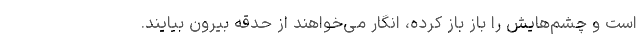
است و چشم‌هایش را باز باز کرده، انگار می‌خواهند از حدقه بیرون بیایند.